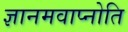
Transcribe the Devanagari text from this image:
ज्ञानमवाप्नोति